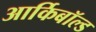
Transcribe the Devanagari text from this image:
आर्किबॉल्ड